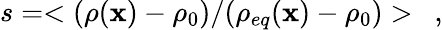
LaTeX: s=<(\rho(\mathbf{x})-\rho_{0})/(\rho_{eq}(\mathbf{x})-\rho_{0})>\ \ ,